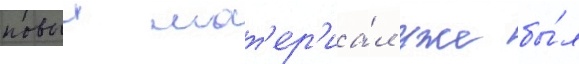
новыи мат'ер'иа́л уже бы́л